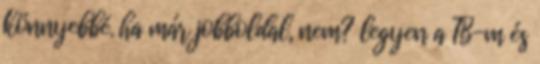
könnyebbé. ha már jobboldal, nem? legyen a TB-m és